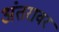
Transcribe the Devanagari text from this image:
अंतरावर